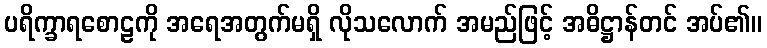
ပရိက္ခာရစောဠကို အရေအတွက်မရှိ လိုသလောက် အမည်ဖြင့် အဓိဋ္ဌာန်တင် အပ်၏။